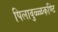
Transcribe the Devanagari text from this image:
पिलावुळ्ळकण्टि